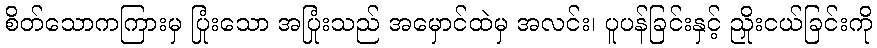
စိတ်သောကကြားမှ ပြုံးသော အပြုံးသည် အမှောင်ထဲမှ အလင်း၊ ပူပန်ခြင်းနှင့် ညှိုးငယ်ခြင်းကို